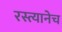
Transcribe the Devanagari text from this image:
रस्त्यानेच